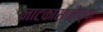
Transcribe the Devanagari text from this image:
नाटकासाठीच्या